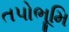
તપોભૂમિ